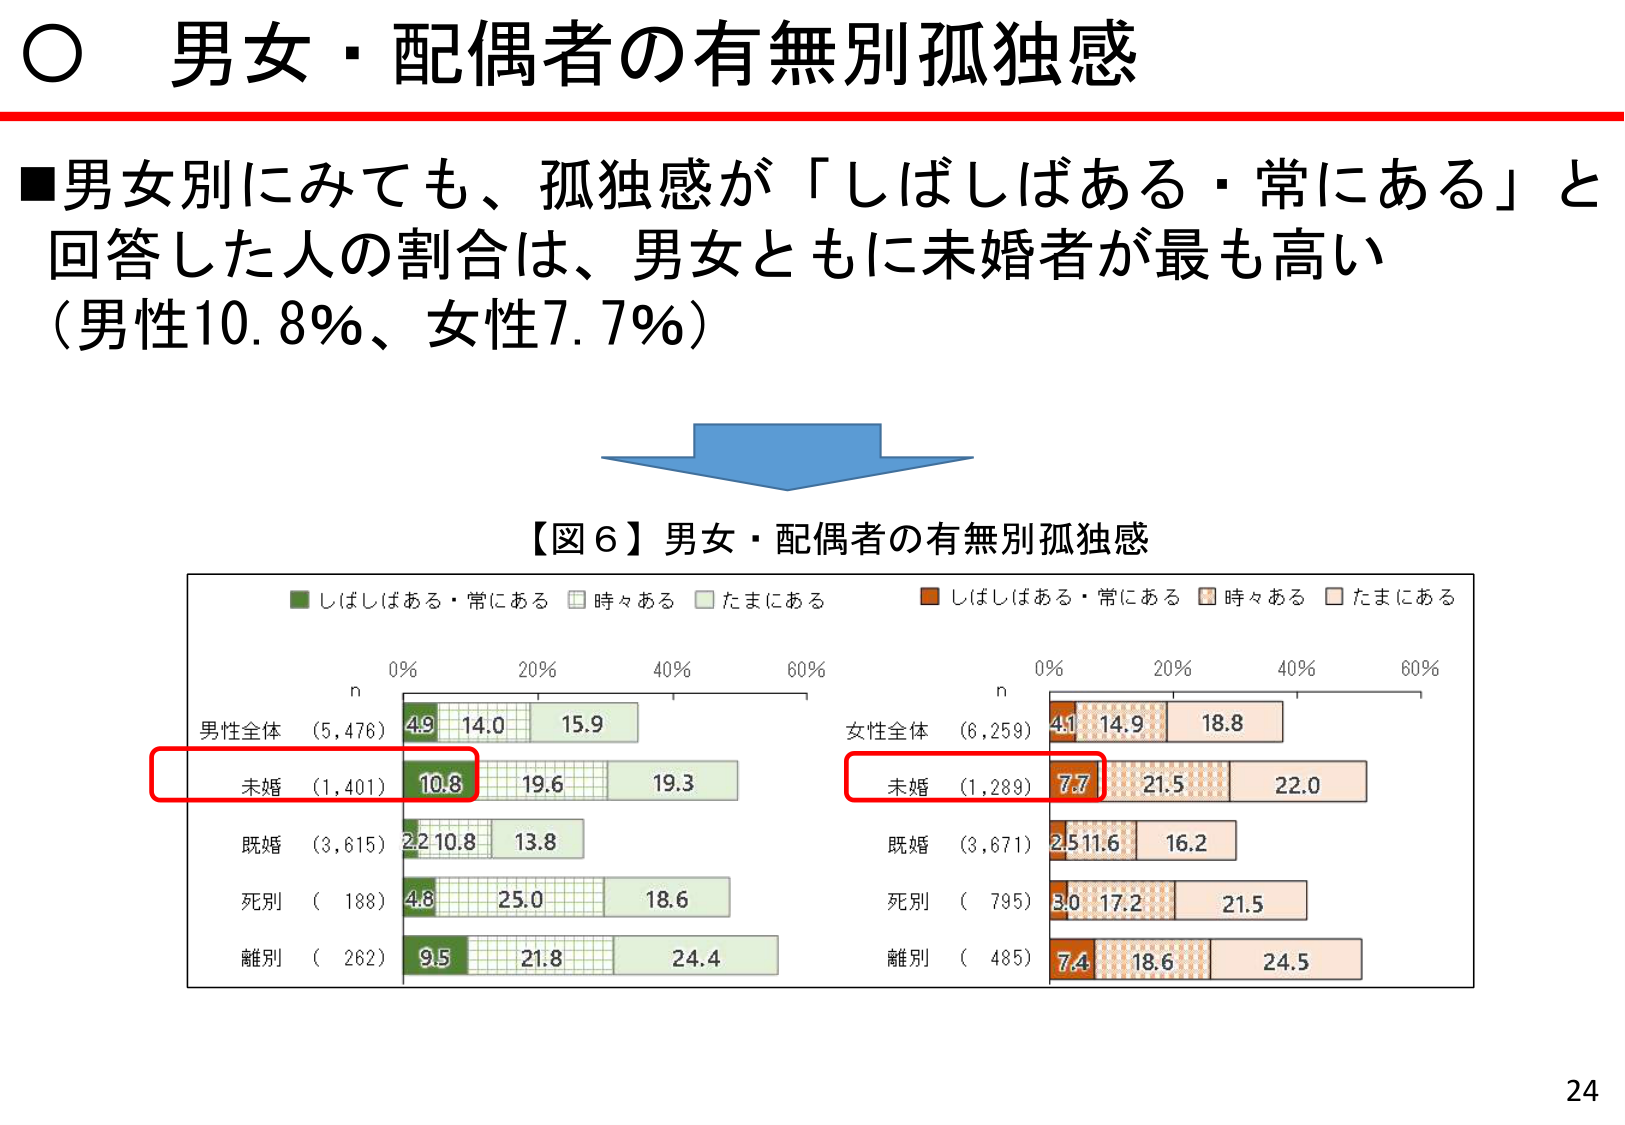
○ 男女・配偶者の有無別孤独感

■男女別にみても、孤独感が「しばしばある・常にあり」と回答した人の割合は、男女ともに未婚者が最も高い（男性10.8%、女性7.7%）

【図6】男女・配偶者の有無別孤独感

■ しばしばある・常にあり　□ 時々ある　■ たまにある
■ しばしばある・常にあり　□ 時々ある　■ たまにある

n
男性全体　(5,476)　4.9　14.0　15.9
未婚　(1,401)　10.8　19.6　19.3
既婚　(3,615)　2.2　10.8　13.8
死別　(188)　4.8　25.0　18.6
離別　(262)　9.5　21.8　24.4

n
女性全体　(6,259)　4.1　14.9　18.8
未婚　(1,289)　7.7　21.5　22.0
既婚　(3,671)　2.5　11.6　16.2
死別　(795)　3.0　17.2　21.5
離別　(485)　7.4　18.6　24.5

24